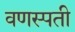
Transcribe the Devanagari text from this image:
वणस्पती